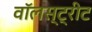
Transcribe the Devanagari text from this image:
वॉलस्ट्रीट